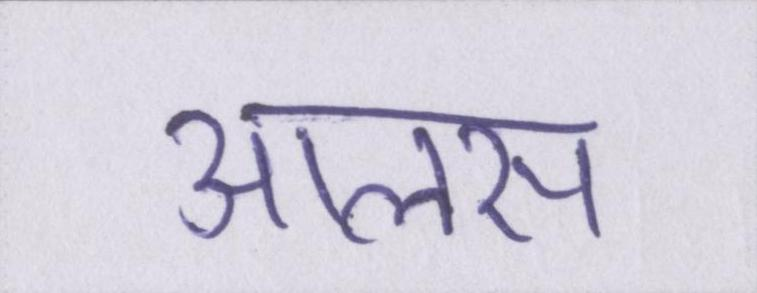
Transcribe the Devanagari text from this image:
आलस